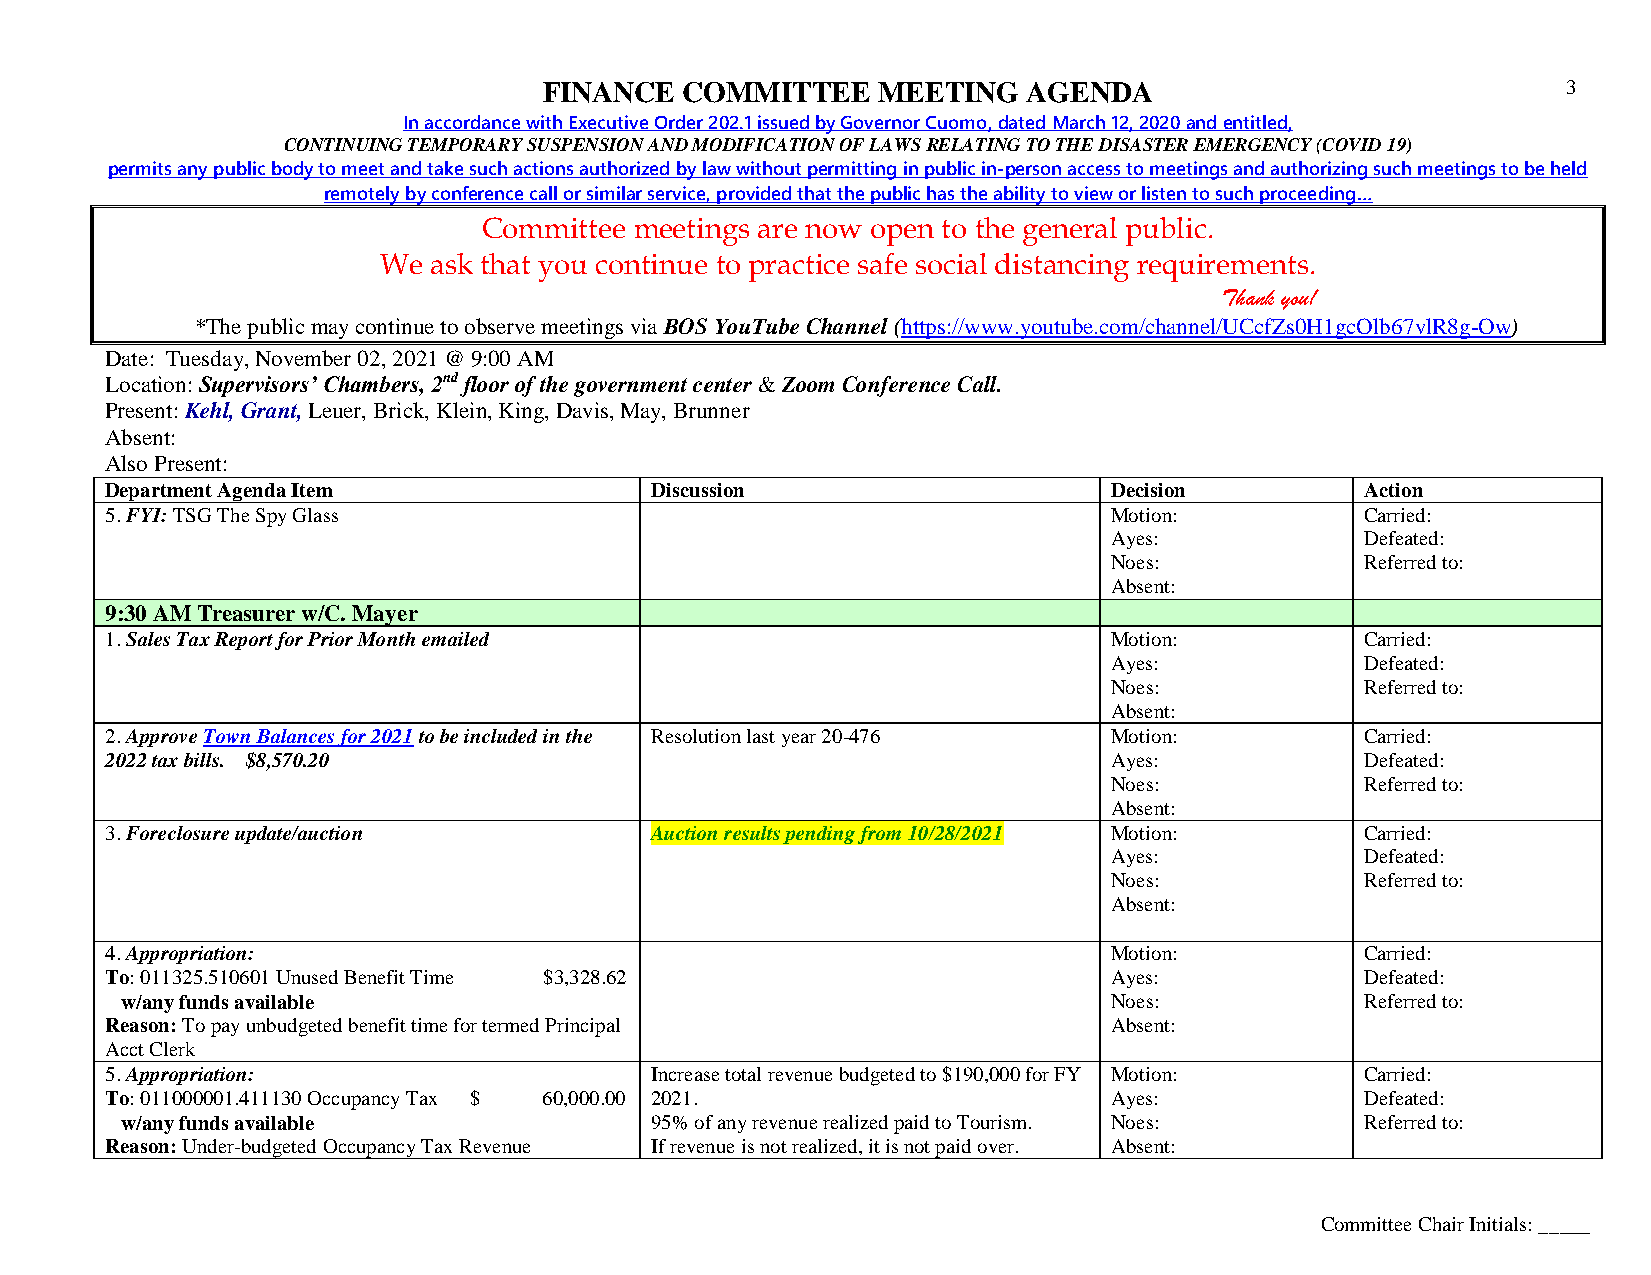
FINANCE  COMMITTEE    MEETING   AGENDA                              3
 In accordance with Executive Order 202.1 issued by Governor Cuomo, dated March 12, 2020 and entitled,
 CONTINUING TEMPORARY SUSPENSION AND MODIFICATION OF LAWS RELATING TO THE DISASTER EMERGENCY (COVID 19)
 permits any public body to meet and take such actions authorized by law without permitting in public in-person access to meetings and authorizing such meetings to be held
 remotely by conference call or similar service, provided that the public has the ability to view or listen to such proceeding…
 Committee meetings are now open to the general public.
 We ask that you continue to practice safe social distancing requirements.
 Thank you!
 *The public may continue to observe meetings via BOS YouTube Channel (https://www.youtube.com/channel/UCcfZs0H1gcOlb67vlR8g-Ow)
 Date: Tuesday, November 02, 2021 @ 9:00 AM
 Location: Supervisors’ Chambers, 2nd floor of the government center & Zoom Conference Call.
 Present: Kehl, Grant, Leuer, Brick, Klein, King, Davis, May, Brunner
 Absent:
 Also Present:
 Department Agenda Item              Discussion                    Decision         Action
 5. FYI: TSG The Spy Glass                                         Motion:          Carried:
 Ayes:            Defeated:
 Noes:            Referred to:
 Absent:
 9:30 AM Treasurer w/C. Mayer
 1. Sales Tax Report for Prior Month emailed                       Motion:          Carried:
 Ayes:            Defeated:
 Noes:            Referred to:
 Absent:
 2. Approve Town Balances for 2021 to be included in the Resolution last year 20-476 Motion: Carried:
 2022 tax bills. $8,570.20                                         Ayes:            Defeated:
 Noes:            Referred to:
 Absent:
 3. Foreclosure update/auction       Auction results pending from 10/28/2021 Motion: Carried:
 Ayes:            Defeated:
 Noes:            Referred to:
 Absent:
 4. Appropriation:                                                 Motion:          Carried:
 To: 011325.510601 Unused Benefit Time $3,328.62                   Ayes:            Defeated:
 w/any funds available                                            Noes:            Referred to:
 Reason: To pay unbudgeted benefit time for termed Principal       Absent:
 Acct Clerk
 5. Appropriation:                   Increase total revenue budgeted to $190,000 for FY Motion: Carried:
 To: 011000001.411130 Occupancy Tax $ 60,000.00 2021.              Ayes:            Defeated:
 w/any funds available              95% of any revenue realized paid to Tourism. Noes: Referred to:
 Reason: Under-budgeted Occupancy Tax Revenue If revenue is not realized, it is not paid over. Absent:
 Committee Chair Initials: _____